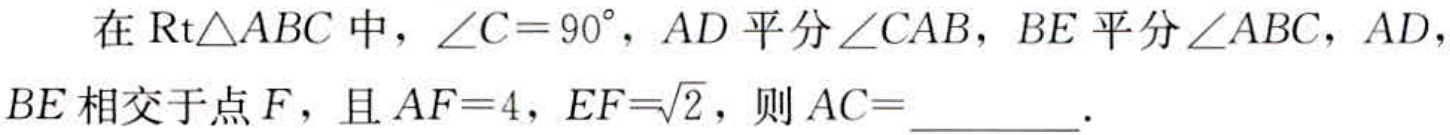
在$\text{Rt}\triangle ABC$中，$\angle C = 90^{\circ}$，$AD$平分$\angle CAB$，$BE$平分$\angle ABC$，$AD$，$BE$相交于点$F$，且$AF = 4$，$EF=\sqrt{2}$，则$AC =$________．